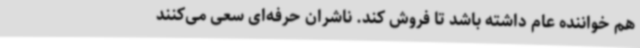
هم خواننده عام داشته باشد تا فروش کند. ناشران حرفه‌ای سعی می‌کنند